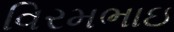
વિરમભાઇ